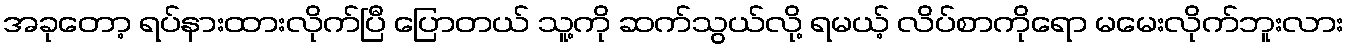
အခုတော့ ရပ်နားထားလိုက်ပြီ ပြောတယ် သူ့ကို ဆက်သွယ်လို့ ရမယ့် လိပ်စာကိုရော မမေးလိုက်ဘူးလား